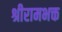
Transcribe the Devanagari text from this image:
श्रीरामभक्त